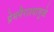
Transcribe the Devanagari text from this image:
प्रेमनैराश्‍यामुळे